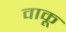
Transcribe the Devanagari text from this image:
वाकू